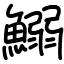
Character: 鰯